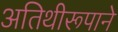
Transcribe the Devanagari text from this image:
अतिथीरूपाने